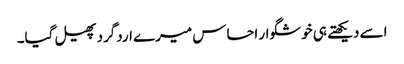
اسے دیکھتے ہی خوشگوار احساس میرے اردگرد پھیل گیا۔